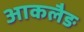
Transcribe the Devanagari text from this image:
आकलैङ